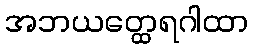
အဘယတ္ထေရဂါထာ